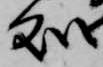
処